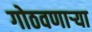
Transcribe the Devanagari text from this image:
गोठवणार्‍या